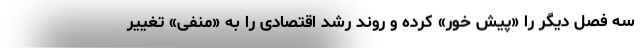
سه فصل دیگر را «پیش خور» کرده و روند رشد اقتصادی را به «منفی» تغییر